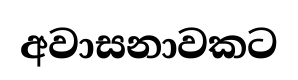
අවාසනාවකට